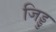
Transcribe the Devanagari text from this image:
जिड्डु